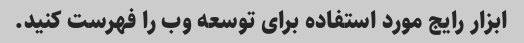
ابزار رایج مورد استفاده برای توسعه وب را فهرست کنید.